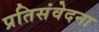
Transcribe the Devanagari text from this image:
प्रतिसंवेदना